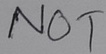
Text: NOT